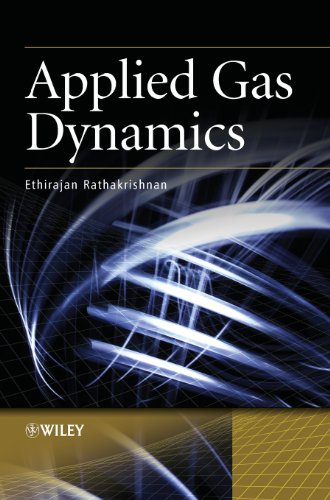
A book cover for Applied Gas Dynamics; Ethirajan Rathakrishnan; Science & Math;